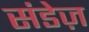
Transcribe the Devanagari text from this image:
संडेज़